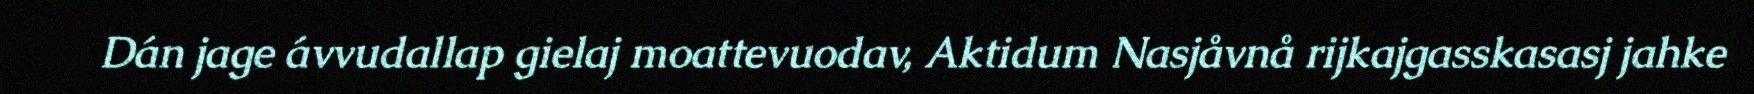
Dán jage ávvudallap gielaj moattevuodav, Aktidum Nasjåvnå rijkajgasskasasj jahke